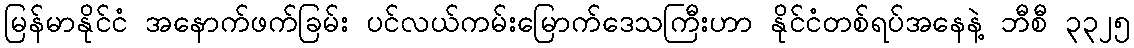
မြန်မာနိုင်ငံ အနောက်ဖက်ခြမ်း ပင်လယ်ကမ်းမြောက်ဒေသကြီးဟာ နိုင်ငံတစ်ရပ်အနေနဲ့ ဘီစီ ၃၃၂၅